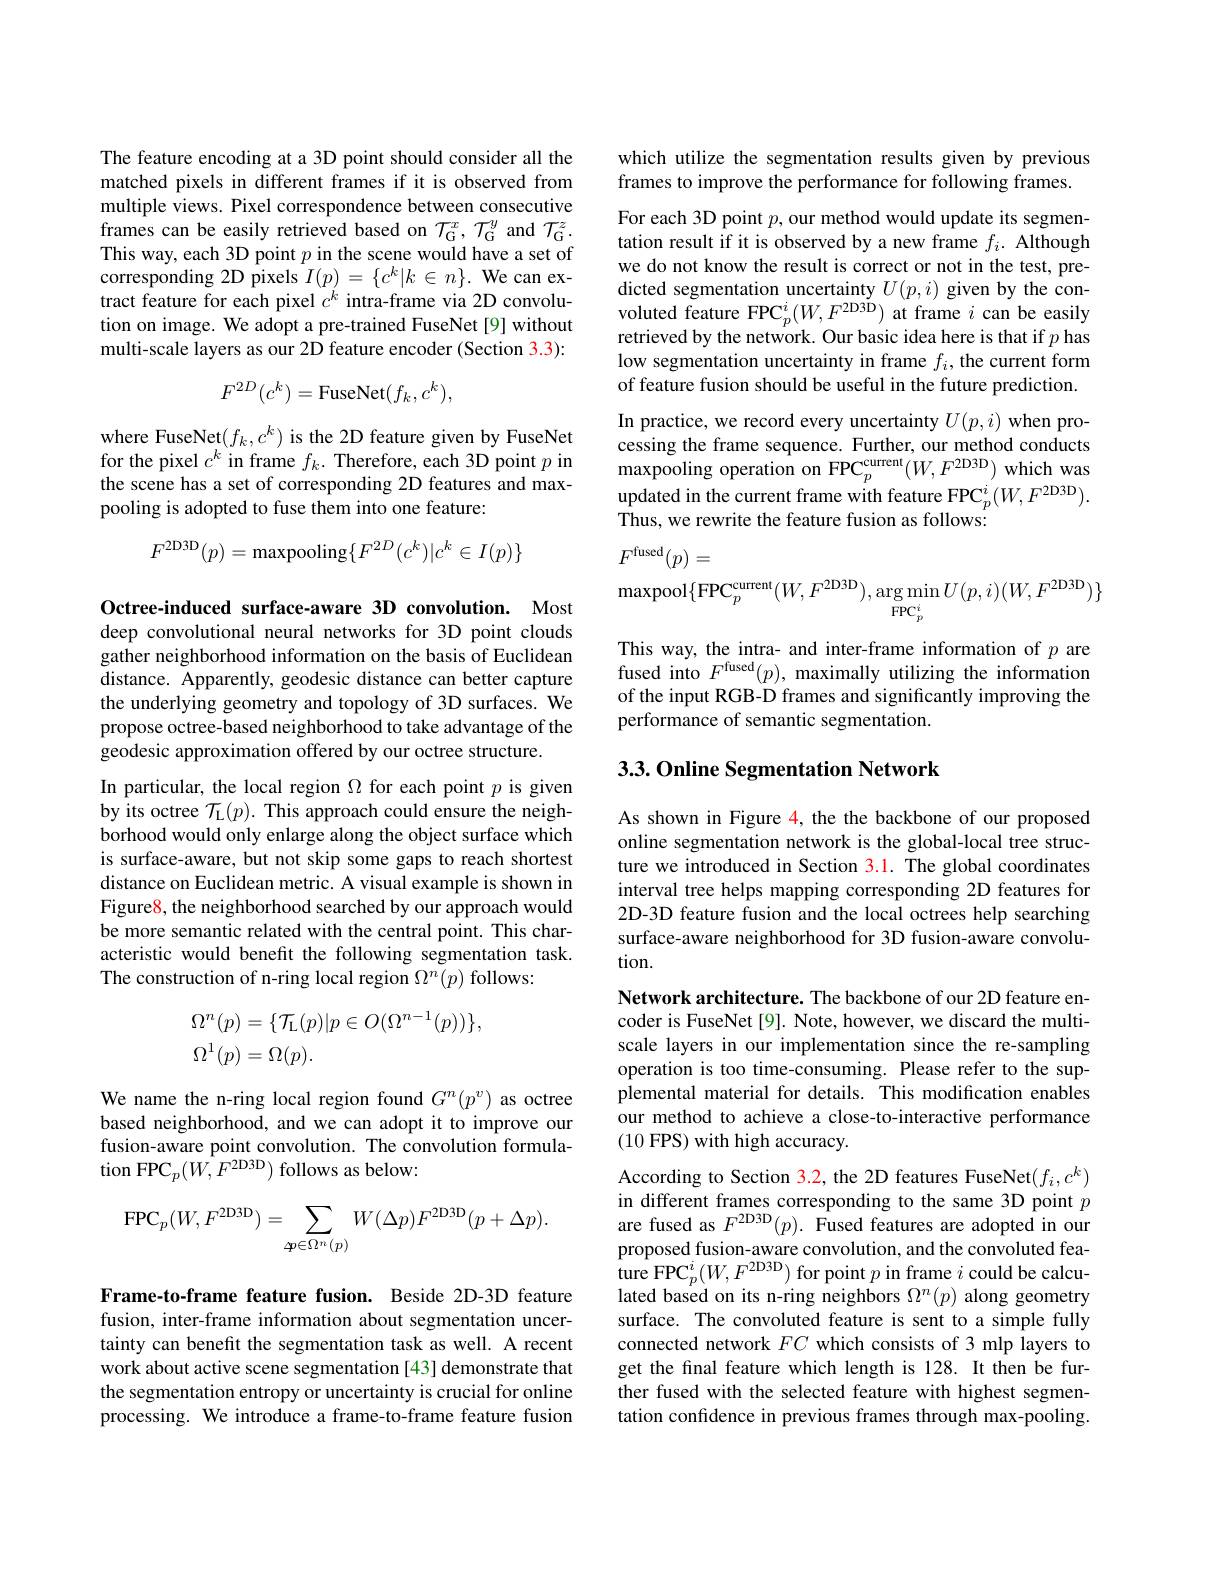
The feature encoding at a 3D point should consider all the matched pixels in different frames if it is observed from multiple views. Pixel correspondence between consecutive frames can be easily retrieved based on $\mathcal{T}_{\mathrm{G}}^x,\mathcal{T}_{\mathrm{G}}^y$ and $\mathcal{T}_{\mathrm{G}}^z.$ This way, each 3D point $p$ in the scene would have a set of corresponding 2D pixels $I(p)=\{c^k|k\in n\}.$ We can extract feature for each pixel $c^k$ intra-frame via 2D convolution on image. We adopt a pre-trained FuseNet[9] without multi-scale layers as our 2D feature encoder (Section 3.3):
$$F^{2D}(c^k)=\mathrm{FuseNet}(f_k,c^k),$$
where FuseNet$(f_k,c^k)$ is the 2D feature given by FuseNet for the pixel $c^k$ in frame $f_k.$ Therefore, each 3D point $p$ in the scene has a set of corresponding 2D features and maxpooling is adopted to fuse them into one feature:
$$F^{2\text{D3D}}(p)=\max\text{pooling}\{F^{2D}(c^{k})|c^{k}\in I(p)\}$$
Octree-induced surface-aware 3D convolution. Most deep convolutional neural networks for 3D point clouds gather neighborhood information on the basis of Euclidean distance. Apparently, geodesic distance can better capture the underlying geometry and topology of 3D surfaces. We propose octree-based neighborhood to take advantage of the geodesic approximation offered by our octree structure.

In particular, the local region $\Omega$ for each point $p$ is given by its octree $\mathcal{T}_\mathrm{L}(p).$ This approach could ensure the neighborhood would only enlarge along the object surface which is surface-aware, but not skip some gaps to reach shortest distance on Euclidean metric. A visual example is shown in Figure8, the neighborhood searched by our approach would be more semantic related with the central point. This characteristic would benefit the following segmentation task. The construction of n-ring local region $\Omega^n(p)$ follows:
$$\begin{aligned}\Omega^n(p)&=\{\mathcal{T}_{\mathrm{L}}(p)|p\in O(\Omega^{n-1}(p))\},\\\Omega^1(p)&=\Omega(p).\end{aligned}$$
We name the n-ring local region found $G^n(p^v)$ as octree based neighborhood, and we can adopt it to improve our fusion-aware point convolution. The convolution formulation FPC$_p(W,F^{2\mathrm{D3D}})$ follows as below:
$$\mathrm{FPC}_{p}(W,F^{2\mathrm{D3D}})=\sum_{\not p\in\Omega^{n}(p)}W(\Delta p)F^{2\mathrm{D3D}}(p+\Delta p).$$
Frame-to-frame feature fusion. Beside 2D-3D feature fusion, inter-frame information about segmentation uncertainty can benefit the segmentation task as well. A recent work about active scene segmentation [43] demonstrate that the segmentation entropy or uncertainty is crucial for online processing. We introduce a frame-to-frame feature fusion

which utilize the segmentation results given by previous
frames to improve the performance for following frames.

For each 3D point $p$,our method would update its segmentation result if it is observed by a new frame $f_i.$ Although we do not know the result is correct or not in the test, pre- $\begin{array}{l}\text{dicted segmentation uncertainty }U(p,i)\text{ given by the con-}\\\text{voluted feature FPC}_{p}^{i}(W,F^{2\mathrm{D3D}})\text{ at frame }i\text{ can be easily}\end{array}$ retrieved by the network. Our basic idea here is that if $p$ has low segmentation uncertainty in frame $f_i$, the current form of feature fusion should be useful in the future prediction. In practice, we record every uncertainty $U(p,i)$ when processing the frame sequence. Further, our method conducts ${\mathrm{maxpooling~operation~on~FPC}}_{p}^{\mathrm{current}}(W,F^{2\mathrm{D3D}}){\mathrm{~which~was}}$ updated in the current frame with feature FPC$_p^i(W,F^{2\mathrm{D3D}}).$ Thus, we rewrite the feature fusion as follows:
$$\begin{aligned}&F^{\mathrm{fused}}(p)=\\&\max\text{pool}\{\mathrm{FPC}_{p}^{\mathrm{current}}(W,F^{2\mathrm{D3D}}),\arg\min_{\mathrm{FPC}_{p}^{i}}U(p,i)(W,F^{2\mathrm{D3D}})\}\end{aligned}$$
This way, the intra- and inter-frame information of $p$ are fused into $F^\text{fused}(p)$, maximally utilizing the information of the input RGB-D frames and significantly improving the performance of semantic segmentation.

## 3.3.0nline Segmentation Network

As shown in Figure 4, the the backbone of our proposed online segmentation network is the global-local tree structure we introduced in Section 3.1. The global coordinates interval tree helps mapping corresponding 2D features for 2D-3D feature fusion and the local octrees help searching surface-aware neighborhood for 3D fusion-aware convolution.

Network architecture. The backbone of our 2D feature encoder is FuseNet [9]. Note, however, we discard the multiscale layers in our implementation since the re-sampling operation is too time-consuming. Please refer to the supplemental material for details. This modification enables our method to achieve a close-to-interactive performance (10 FPS) with high accuracy.

According to Section 3.2, the 2D features FuseNet$(f_i,c^k)$ in different frames corresponding to the same 3D point $p$ are fused as $F^{2\mathrm{D3D}}(p).$ Fused features are adopted in our proposed fusion-aware convolution, and the convoluted feature FPC$_p^i(W,F^{2\mathrm{D3D}})$ for point $p$ in frame $i$ could be calculated based on its n-ring neighbors $\Omega^n(p)$ along geometry surface. The convoluted feature is sent to a simple fully connected network $FC$ which consists of 3 mlp layers to get the final feature which length is 128. It then be further fused with the selected feature with highest segmentation confidence in previous frames through max-pooling.